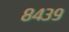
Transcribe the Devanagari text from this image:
८४३९